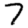
Digit: 7